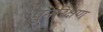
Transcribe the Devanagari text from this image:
पुनरिक्षण